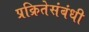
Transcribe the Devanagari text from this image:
प्रक्रितेसंबंधी